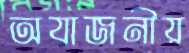
অযাজনীয়